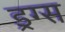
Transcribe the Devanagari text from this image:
ड्रग्‍स